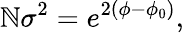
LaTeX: \mathbb{N}\sigma^{2}=e^{2(\phi-\phi_{0})},